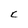
Character: c